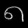
Digit: ၈